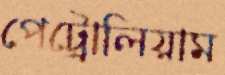
পেট্রোলিয়াম